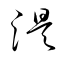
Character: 淏